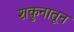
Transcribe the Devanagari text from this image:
शकुनातून